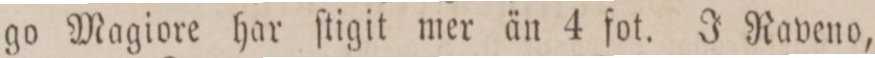
go Magiore har ſtigit mer än 4 fot. J Raveno,